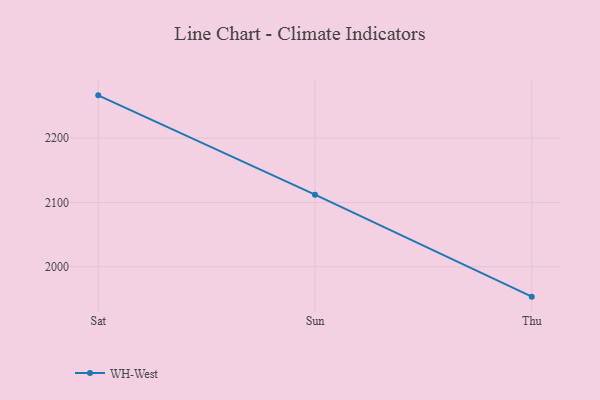
{"axis": {"x": "Day", "y": "Page Views"}, "legend": ["WH-West"], "data": [{"x": "Sat", "y": 2266.4, "type": "WH-West"}, {"x": "Sun", "y": 2112.0, "type": "WH-West"}, {"x": "Thu", "y": 1953.6, "type": "WH-West"}]}